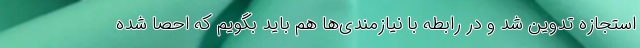
استجازه تدوین شد و در رابطه با نیازمندی‌ها هم باید بگویم که احصا شده